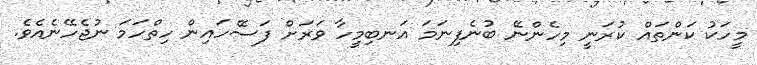
މީހަކު ކަންތައް ކުރަނީ މިހެންނޭ ބުނެފިނަމަ އަނބިމީހާ ވަރަށް ފަސޭހައިން ހިތްހަމަ ނުޖެހޭނެއެވެ.